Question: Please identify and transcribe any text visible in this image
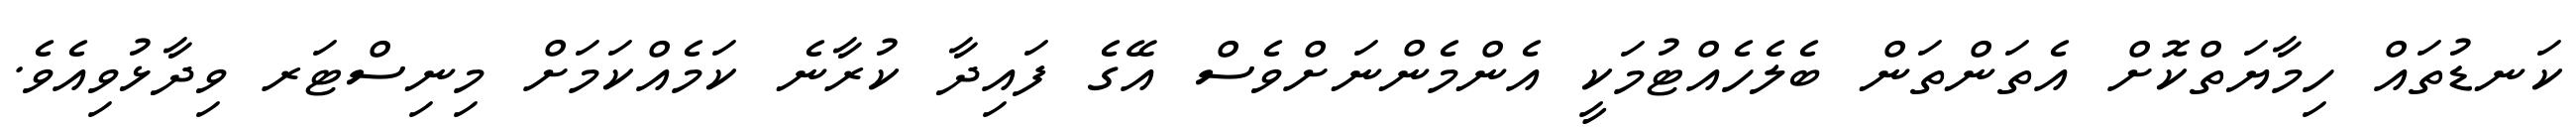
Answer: ކަނޑުތައް ހިމާޔަތްކޮށް އެތަންތަން ބެލެހެއްޓުމަކީ އެންމެންނަށްވެސް އޭގެ ފައިދާ ކުރާނެ ކަމެއްކަމަށް މިނިސްޓަރ ވިދާޅުވިއެވެ.